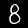
Digit: 8